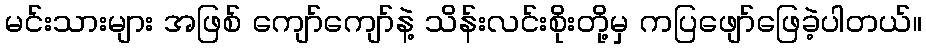
မင်းသားများ အဖြစ် ကျော်ကျော်နဲ့ သိန်းလင်းစိုးတို့မှ ကပြဖျော်ဖြေခဲ့ပါတယ်။